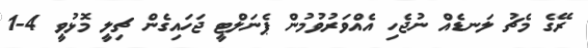
ރޭގެ މެޗު ލަނޑެއް ނުޖެހި އެއްވަރުވުމުން ޕެނަލްޓީ ޖަހައިގެން ޗިލީ މޮޅުވީ 4-1